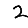
Digit: 2